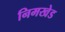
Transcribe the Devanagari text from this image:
निमखेड